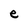
Character: e